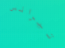
تيرانس